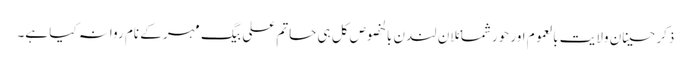
ذکرِ حسینانِ ولایت بالعموم اور حورشمائلانِ لندن بالخصوص کل ہی حاتم علی بیگ مہر کے نام روانہ کیا ہے۔